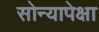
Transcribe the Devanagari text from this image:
सोन्यापेक्षा